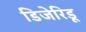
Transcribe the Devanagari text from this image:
डिजेरिडू